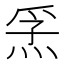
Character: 𭴮